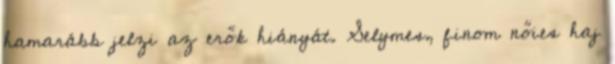
hamarább jelzi az erők hiányát. Selymes, finom nőies haj